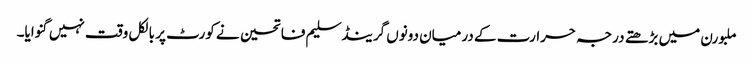
ملبورن میں بڑھتے درجہ حرارت کے درمیان دونوں گرینڈسلیم فاتحین نے کورٹ پر بالکل وقت نہیں گنوایا۔